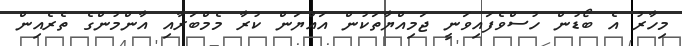
މިހާރު އެ ބޯޑުން ހުސްވެފައިވަނީ ޖަމިއްޔާތަކުން އައްޔަން ކުރާ މެމްބަރާއި އާންމުންގެ ތެރެއިން